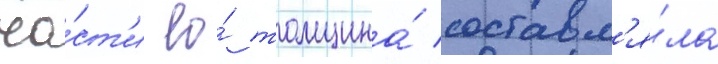
ча́ст'и ео́ толщина́ составл'я́ла